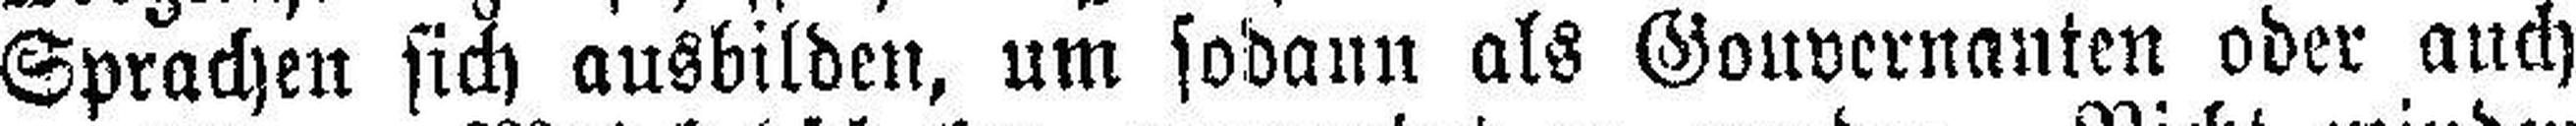
Sprachen sich ausbilden, um sodann als Gouvernanten oder auch